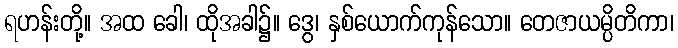
ရဟန်းတို့။ အထ ခေါ၊ ထိုအခါ၌။ ဒွေ၊ နှစ်ယောက်ကုန်သော။ တေဇာယမ္ပိတိကာ၊